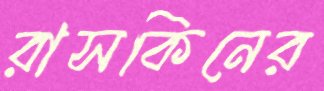
রাসকিনের